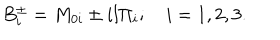
LaTeX: B _ { i } ^ { \pm } = M _ { 0 i } \pm i l \Pi _ { i } ; \quad i = 1 , 2 , 3 .